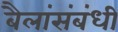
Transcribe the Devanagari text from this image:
बैलांसंबंधी